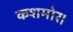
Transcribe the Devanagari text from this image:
कशमोर।